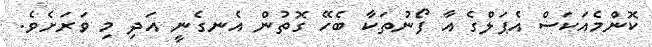
ކޮންމެއަކަސް އެޕަލްގެ އާ ފޯނުތަކާ ބެހޭ ގޮތުން އެނގެނީ އަދި މި ވަރަށެވެ.